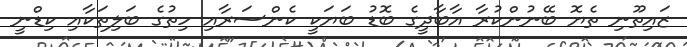
ޒައިތޫނި ތެޔޮ ބޭނުންކުރާ އާބާދީގެ ބޮޑު ބަޔަކީ ކެންސަރާއި ހިތުގެ ބަލިތަކާއި ކިޑްނީ